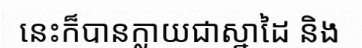
នេះក៏បានក្លាយជាស្នាដៃ និង